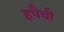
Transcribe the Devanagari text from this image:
हपैची